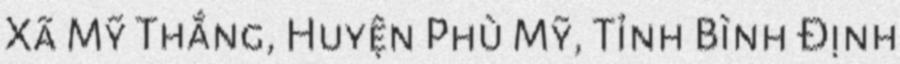
Xã Mỹ Thắng, Huyện Phù Mỹ, Tỉnh Bình Định